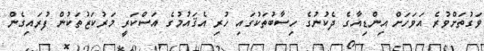
ވަގުތަށްވުރެ އަވަހަށް އިންޑިއާގެ ދެކުނުގެ ހިސާބުތަކުގައި ހުރި އެޤައުމުގެ އަސްކަރީ މަރުކަޒުތަކުން ފުރައިގެން